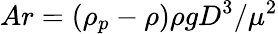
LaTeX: Ar=(\rho_{p}-\rho)\rho gD^{3}/\mu^{2}